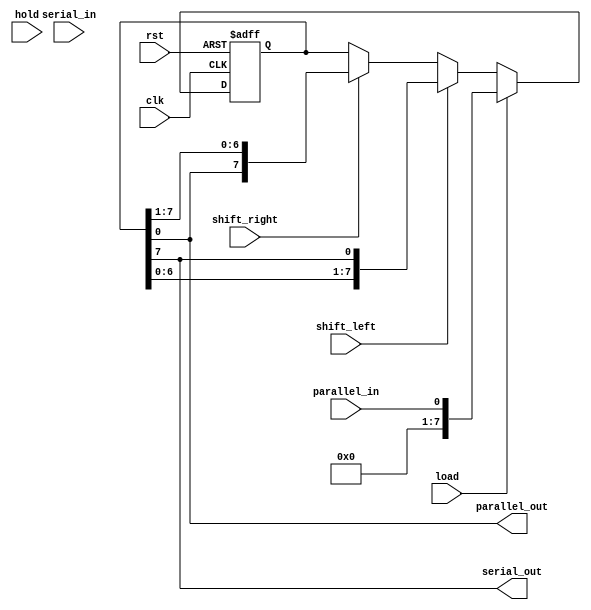
module shift_register(
    input wire clk,
    input wire rst,
    input wire shift_left,
    input wire shift_right,
    input wire parallel_in,
    input wire serial_in,
    input wire load,
    input wire hold,
    output reg parallel_out,
    output reg serial_out
);

reg [7:0] data;

always @(posedge clk or posedge rst) begin
    if(rst) begin
        data <= 8'b0;
    end else begin
        if(load) begin
            data <= parallel_in;
        end else if(shift_left) begin
            data <= {data[6:0], data[7]};
        end else if(shift_right) begin
            data <= {data[0], data[7:1]};
        end else if(hold) begin
            // do nothing
        end
    end
end

assign parallel_out = data;
assign serial_out = data[7];

endmodule